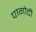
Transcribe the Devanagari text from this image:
पागोटी